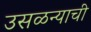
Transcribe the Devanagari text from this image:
उसळन्याची